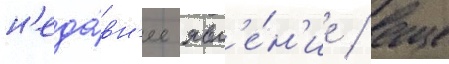
н'еда́вн'ее явл'е́н'ие / еще